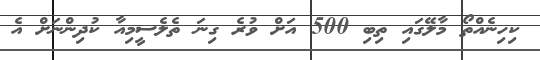
ކިހިނެއްތޯ މާލޭގައި ތިބި 500 އަށް ވުރެ ގިނަ ތެލެސީމިއާ ކުދިންނަށް އެ